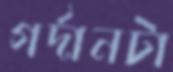
গর্দানটা